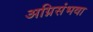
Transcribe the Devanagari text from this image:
अग्निसंभवा